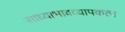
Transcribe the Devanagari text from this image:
साध्याभावव्यापकत्व